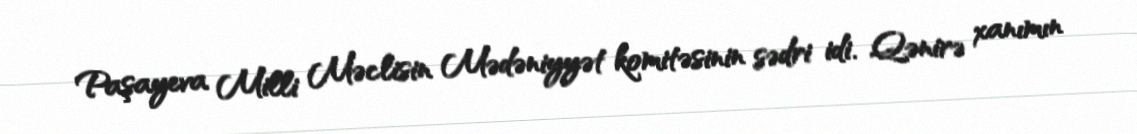
Paşayeva Milli Məclisin Mədəniyyət komitəsinin sədri idi. Qənirə xanımın